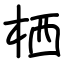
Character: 栖